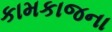
કામકાજના